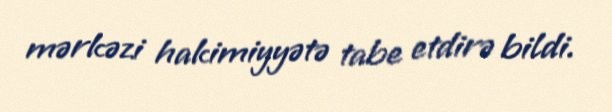
mərkəzi hakimiyyətə tabe etdirə bildi.